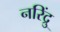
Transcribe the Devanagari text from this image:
नरिंद्रु